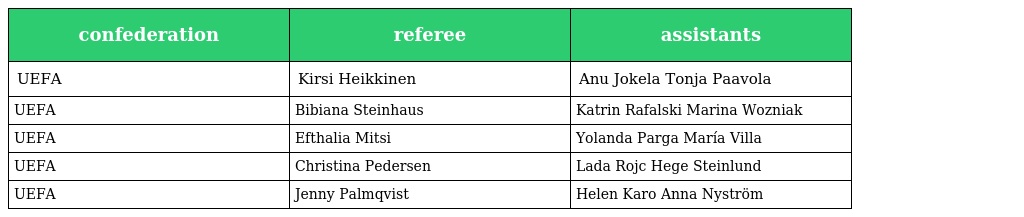
| confederation | referee | assistants |
 | --- | --- | --- |
 | UEFA | Kirsi Heikkinen | Anu Jokela Tonja Paavola |
 | UEFA | Bibiana Steinhaus | Katrin Rafalski Marina Wozniak |
 | UEFA | Efthalia Mitsi | Yolanda Parga María Villa |
 | UEFA | Christina Pedersen | Lada Rojc Hege Steinlund |
 | UEFA | Jenny Palmqvist | Helen Karo Anna Nyström |